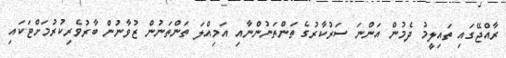
ރާއްޖޭގައި ތައިލީމު ދެމުން އަންނަ ސަރުކާރުގެ ތަންތަނުންނާއި އަމިއްލަ ތަންތަނުން ޒުވާނުން ބާރުވެރިކުރުމަށްޓަކައި